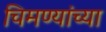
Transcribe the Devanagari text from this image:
चिमण्यांच्या